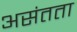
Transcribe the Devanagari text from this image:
असंतता